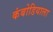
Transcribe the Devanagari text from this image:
कंबोडियाला